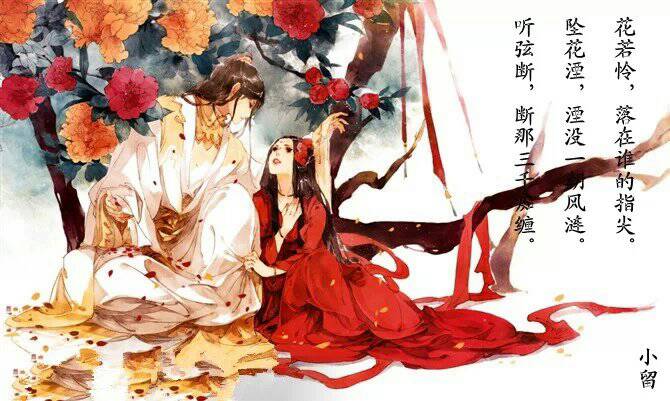
念兰堂红烛，心长焰短，向人垂泪。